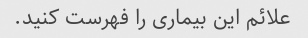
علائم این بیماری را فهرست کنید.